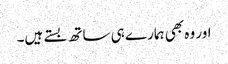
اور وہ بھی ہمارے ہی ساتھ بستے ہیں۔